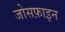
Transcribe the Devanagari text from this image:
जोसफ़ाइन